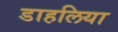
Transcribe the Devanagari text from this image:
डाहलिया